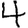
Digit: 4